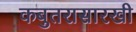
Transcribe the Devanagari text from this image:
कबुतरासारखी